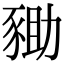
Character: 𧱑